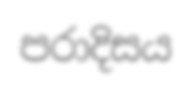
පරාදිසය